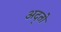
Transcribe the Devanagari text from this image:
अद्तो